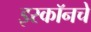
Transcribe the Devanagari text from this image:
इस्कॉनचे